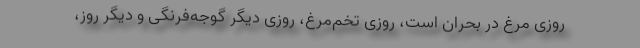
روزی مرغ در بحران است، روزی تخم‌مرغ، روزی دیگر گوجه‌فرنگی و دیگر روز،